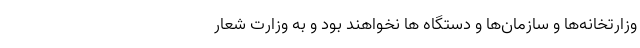
وزارتخانه‌ها و سازمان‌ها و دستگاه‌ ها نخواهند بود و به وزارت شعار